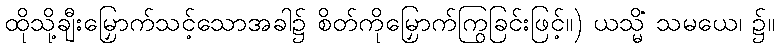
ထိုသို့ချီးမြှောက်သင့်သောအခါ၌ စိတ်ကိုမြှောက်ကြွခြင်းဖြင့်။) ယသ္မိံ သမယေ၊ ၌။